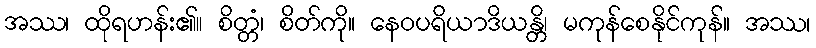
အဿ၊ ထိုရဟန်း၏။ စိတ္တံ၊ စိတ်ကို။ နေဝပရိယာဒိယန္တိ၊ မကုန်စေနိုင်ကုန်။ အဿ၊